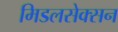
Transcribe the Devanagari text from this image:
मिडलसेक्सन